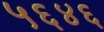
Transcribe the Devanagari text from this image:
५६४६